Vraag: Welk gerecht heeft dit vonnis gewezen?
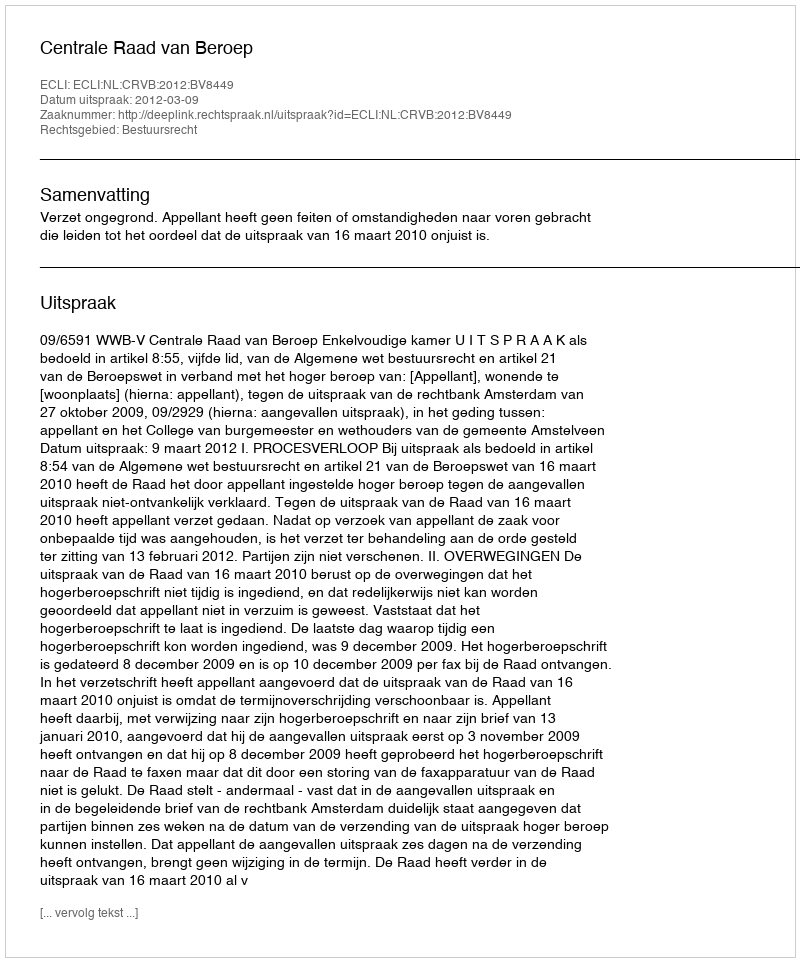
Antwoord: Centrale Raad van Beroep